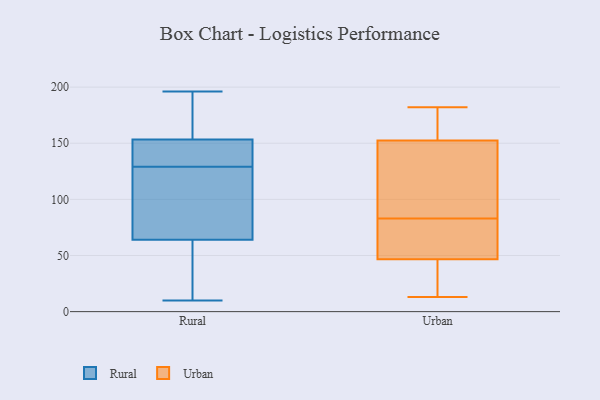
{"axis": {"x": "Operating Costs (USD K)", "y": "Value"}, "legend": ["Rural", "Urban"], "data": [{"x": "", "y": 10, "type": "Rural"}, {"x": "", "y": 133, "type": "Rural"}, {"x": "", "y": 118, "type": "Rural"}, {"x": "", "y": 156, "type": "Rural"}, {"x": "", "y": 79, "type": "Rural"}, {"x": "", "y": 173, "type": "Rural"}, {"x": "", "y": 180, "type": "Rural"}, {"x": "", "y": 129, "type": "Rural"}, {"x": "", "y": 59, "type": "Rural"}, {"x": "", "y": 42, "type": "Rural"}, {"x": "", "y": 196, "type": "Rural"}, {"x": "", "y": 51, "type": "Rural"}, {"x": "", "y": 145, "type": "Rural"}, {"x": "", "y": 139, "type": "Rural"}, {"x": "", "y": 120, "type": "Rural"}, {"x": "", "y": 181, "type": "Urban"}, {"x": "", "y": 158, "type": "Urban"}, {"x": "", "y": 59, "type": "Urban"}, {"x": "", "y": 67, "type": "Urban"}, {"x": "", "y": 156, "type": "Urban"}, {"x": "", "y": 142, "type": "Urban"}, {"x": "", "y": 29, "type": "Urban"}, {"x": "", "y": 107, "type": "Urban"}, {"x": "", "y": 99, "type": "Urban"}, {"x": "", "y": 29, "type": "Urban"}, {"x": "", "y": 44, "type": "Urban"}, {"x": "", "y": 62, "type": "Urban"}, {"x": "", "y": 33, "type": "Urban"}, {"x": "", "y": 160, "type": "Urban"}, {"x": "", "y": 55, "type": "Urban"}, {"x": "", "y": 105, "type": "Urban"}, {"x": "", "y": 13, "type": "Urban"}, {"x": "", "y": 182, "type": "Urban"}, {"x": "", "y": 83, "type": "Urban"}]}